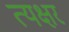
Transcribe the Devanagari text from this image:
त्यक्षर